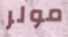
مولر